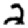
Digit: 2